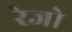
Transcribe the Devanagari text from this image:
रेजो